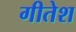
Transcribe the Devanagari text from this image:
गीतेश